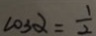
1 0 3 \alpha = \frac { 1 } { 2 }